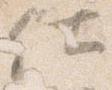
仕